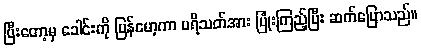
ပြီးတော့မှ ခေါင်းကို ပြန်မော့ကာ ပရိသတ်အား ပြုံးကြည့်ပြီး ဆက်ပြောသည်။